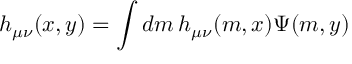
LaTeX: h _ { \mu \nu } ( x , y ) = \int d m \, h _ { \mu \nu } ( m , x ) \Psi ( m , y )